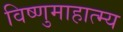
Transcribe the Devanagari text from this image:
विष्णुमाहात्म्य